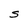
Character: S